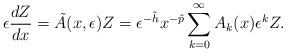
LaTeX: \begin{align*} \epsilon \frac{dZ}{dx} = \tilde{A}(x, \epsilon) Z= \epsilon^{- \tilde{h}} x^{- \tilde{p}} \sum_{k=0}^{\infty} A_k(x) {\epsilon}^k Z. \end{align*}